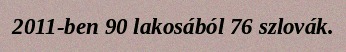
2011-ben 90 lakosából 76 szlovák.